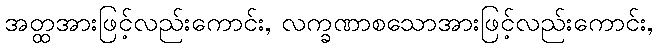
အတ္ထအားဖြင့်လည်းကောင်း, လက္ခဏာစသောအားဖြင့်လည်းကောင်း,